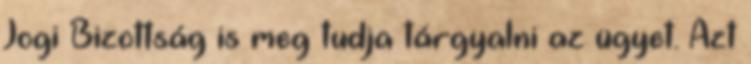
Jogi Bizottság is meg tudja tárgyalni az ügyet. Azt